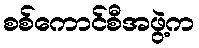
စစ်ကောင်စီအဖွဲ့က